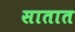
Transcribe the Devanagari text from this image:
सातात